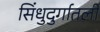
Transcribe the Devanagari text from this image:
सिंधुदुर्गातली